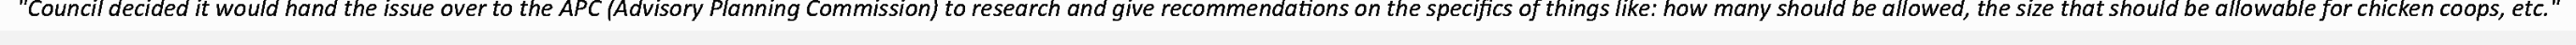
"Council decided it would hand the issue over to the APC (Advisory Planning Commission) to research and give recommendations on the specifics of things like: how many should be allowed, the size that should be allowable for chicken coops, etc."